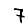
Digit: 7